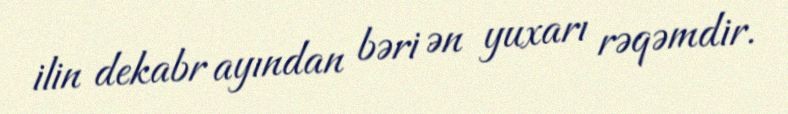
ilin dekabr ayından bəri ən yuxarı rəqəmdir.